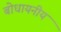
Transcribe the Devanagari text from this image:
बोधायनीय